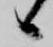
候